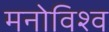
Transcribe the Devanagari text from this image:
मनोविश्व